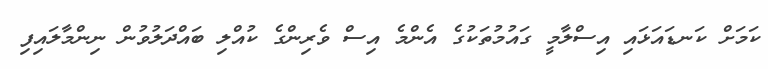
ކަމަށް ކަނޑައަޅައި އިސްލާމީ ގައުމުތަކުގެ އެންމެ އިސް ވެރިންގެ ކުއްލި ބައްދަލުވުން ނިންމާލައިފި